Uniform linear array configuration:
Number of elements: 4
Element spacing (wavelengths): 1
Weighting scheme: kaiser
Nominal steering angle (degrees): -30
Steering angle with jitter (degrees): -28.541
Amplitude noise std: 0.05
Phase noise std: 0.05

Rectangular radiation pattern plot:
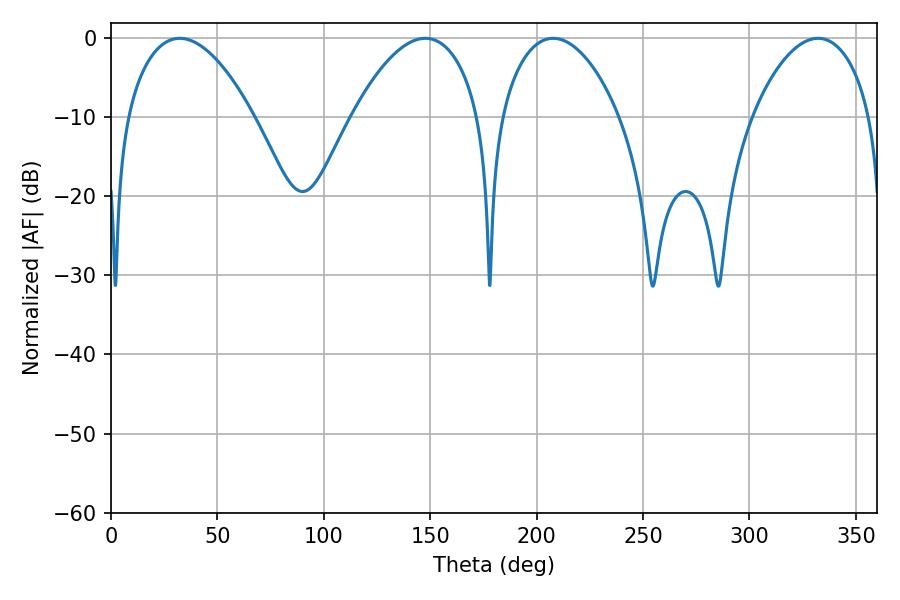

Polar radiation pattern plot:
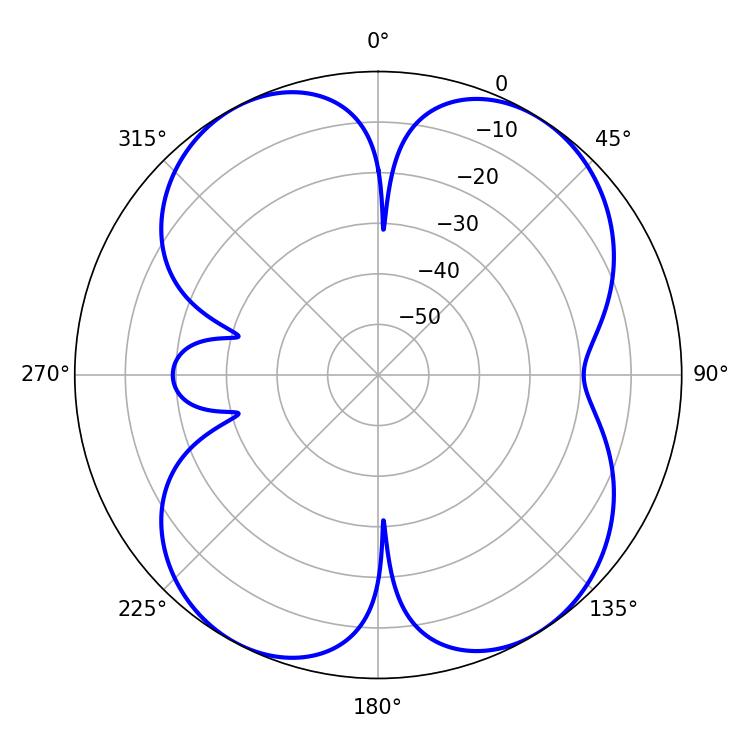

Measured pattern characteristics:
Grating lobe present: TRUE
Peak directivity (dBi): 11.591
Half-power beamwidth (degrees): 31.5
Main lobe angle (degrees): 207.72